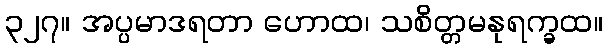
၃၂၇။ အပ္ပမာဒရတာ ဟောထ၊ သစိတ္တမနုရက္ခထ။